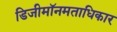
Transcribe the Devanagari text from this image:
डिजीमॉनमताधिकार